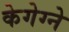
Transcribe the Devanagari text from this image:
केगेग्ने